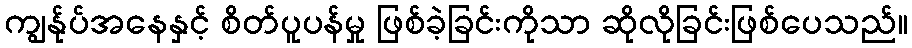
ကျွန်ုပ်အနေနှင့် စိတ်ပူပန်မှု ဖြစ်ခဲ့ခြင်းကိုသာ ဆိုလိုခြင်းဖြစ်ပေသည်။